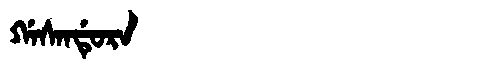
Manchu: ᡤᠠᠰᠠᠨᡩᡠᡵᠠ
Romanization: GASANDURA